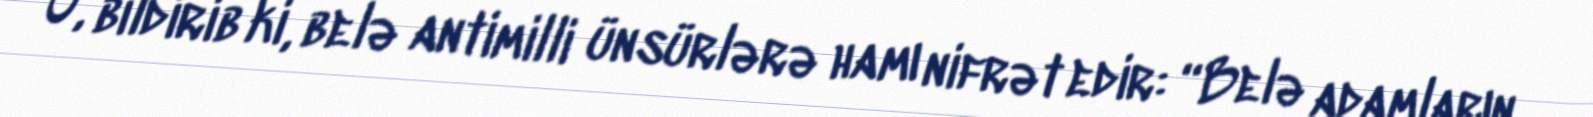
O, bildirib ki, belə antimilli ünsürlərə hamı nifrət edir: “Belə adamların,